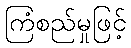
ကြံစည်မှုဖြင့်